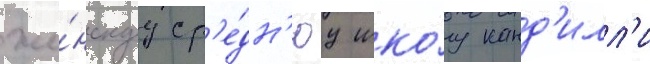
же́нскуу ср'е́дн'юу шко́лу канд'илл'и